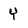
Character: y